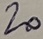
Text: 20